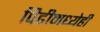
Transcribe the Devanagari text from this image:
पिढीमध्येही